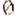
0